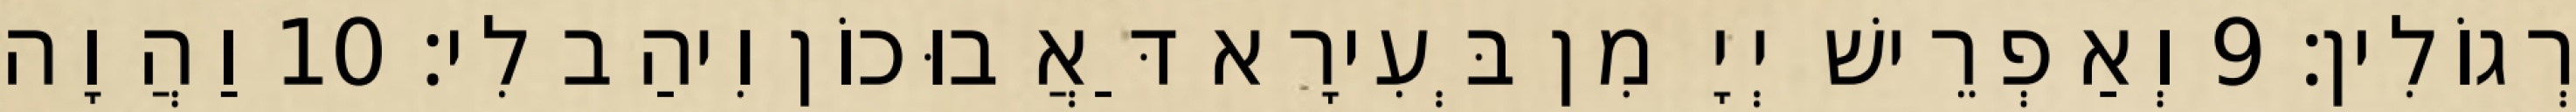
רְגוֹלִין׃ 9 וְאַפְרֵישׁ יְיָ מִן בְּעִירָא דַּאֲבוּכוֹן וִיהַב לִי׃ 10 וַהֲוָה